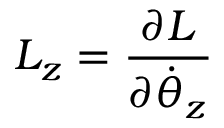
L _ { z } = { \frac { \partial { \cal { L } } } { \partial { \dot { \theta } } _ { z } } }